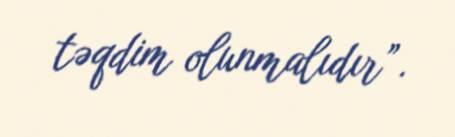
təqdim olunmalıdır”.